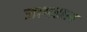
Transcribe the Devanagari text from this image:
जामडाल